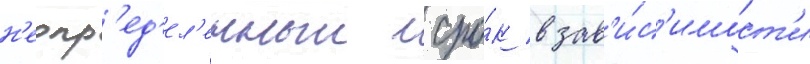
н'еопр'ед'ел'енныи сро́к в зав'и́с'имост'и